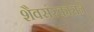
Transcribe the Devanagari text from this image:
शैवसंस्काराने